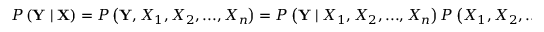
P \left( \mathbf { Y } \mid \mathbf { X } \right) = P \left( \mathbf { Y } , X _ { 1 } , X _ { 2 } , . . . , X _ { n } \right) = P \left( \mathbf { Y } \mid X _ { 1 } , X _ { 2 } , . . . , X _ { n } \right) P \left( X _ { 1 } , X _ { 2 } , . . . , X _ { n } \right)